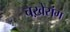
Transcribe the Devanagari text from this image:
चख़ेसंग